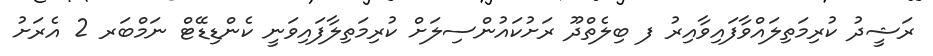
ރަޝީދު ކުރިމަތިލައްވާފައިވާއިރު ފ ބިލެތްދޫ ރަށުކައުންސިލަށް ކުރިމަތިލާފައިވަނީ ކެންޑިޑޭޓް ނަމްބަރ 2 އެރަށު